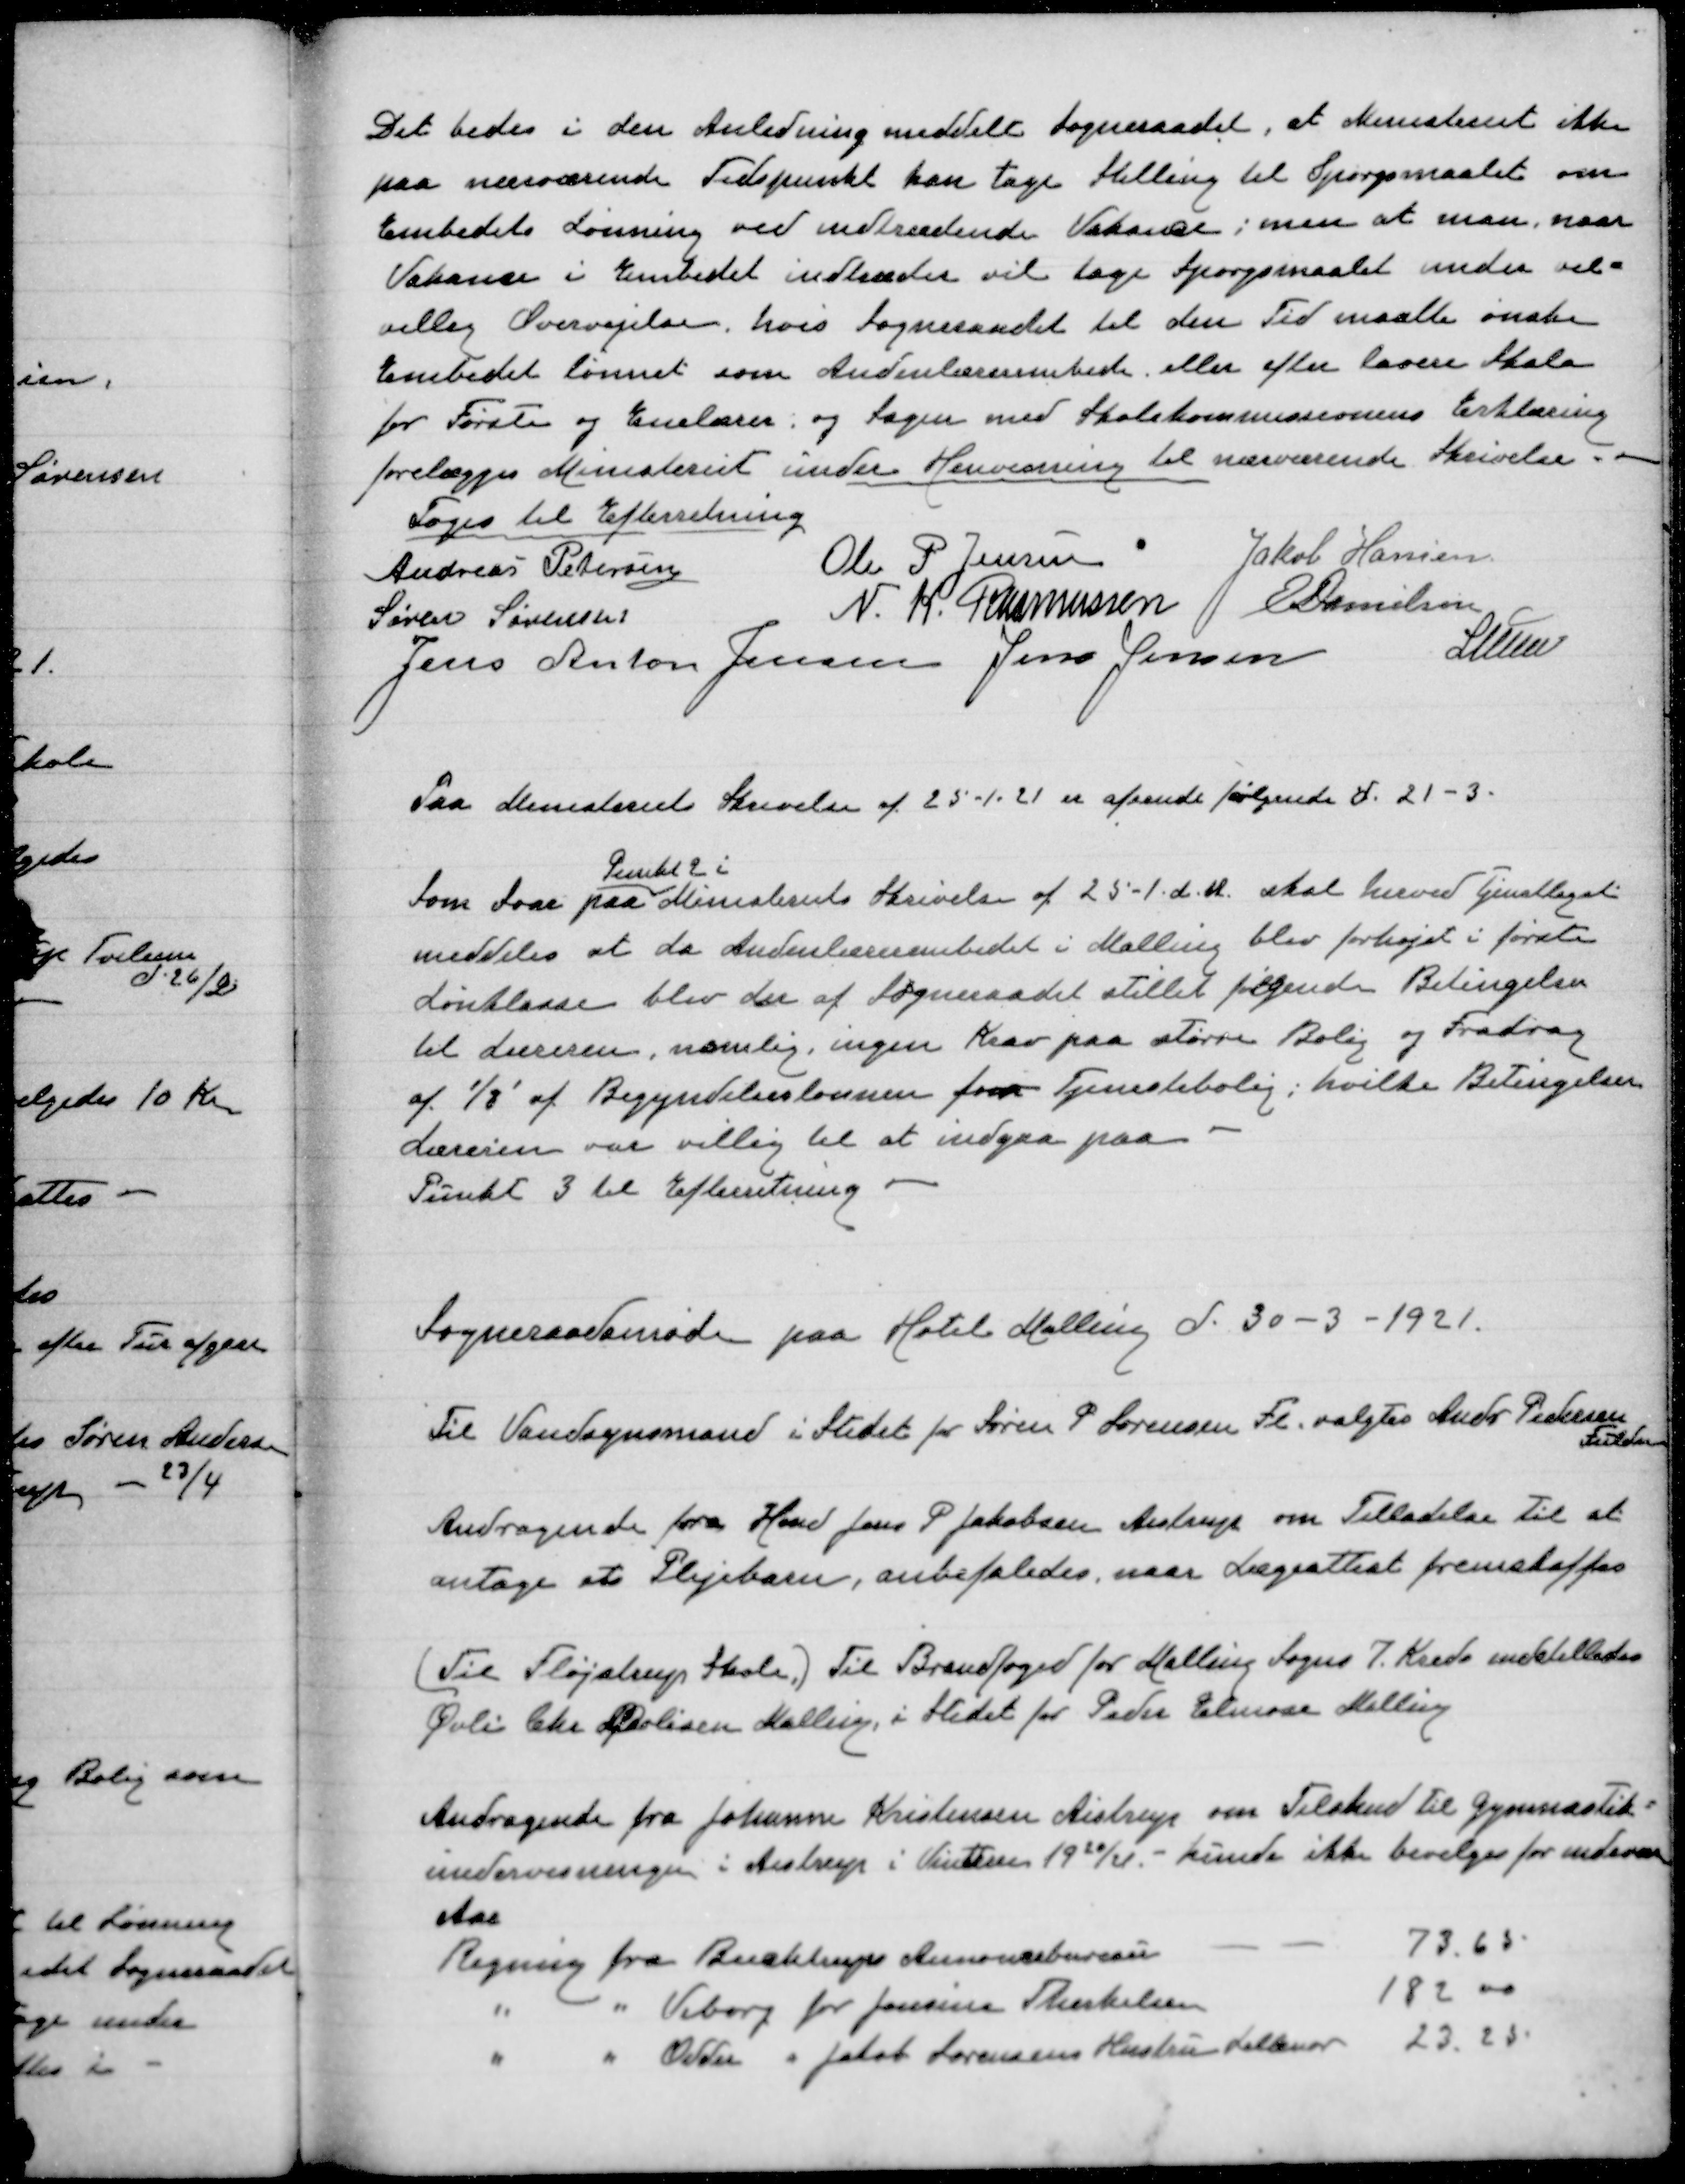
Transskription:
Det bedes i den Anledning meddelt Sogneraadet, at Ministeriet ikke
paa nærværende Tidspunkt kan tage stilling til Spørgsmaalet om
Embedets Lønning ved indtrædende vakance; men at man, naar
Vakance i Embedet indtræder vil tage spørgsmaalet under vel=
villig Overvejelse, hvis Sogneraadet til den Tid maatte ønske
Embedet lønnet som Andenlærerembede eller efter lavere Skala
for Første og Enelærer og Sagen med Skolekommissionens Erklæring
forelægges Ministeriet under Henvisning til nærværende Skrivelse.
Toges til Efterretning
Andreas Petersen
Ole P Jensen
Jakob Hansen
Søren Sørensen
N. K. Rasmussen
E Danielsen
Jens Anton Jensen
Jens Jensen
P Lunn

Paa Ministeriets Skrivelse af 25-1-21 er afsendt følgende d. 21-3

Som svar paa
Punkt 2 i
Ministeriets skrivelse af 25-1. d.A skal herved
meddeles at da Andenlærerembedet i Malling blev forhøjet i første
Lønklasse blev der af Sogneraadet stillet følgende Betingelser
til Læreren, nemlig ingen Kaar paa større Bolig og Fradrag
af ⅛' af Begyndelseslønnen for Tjeestebolig; hvilke Betingelser
Læreren var villig til at indgaa paa
Punkt 3 til Efterretning

Sogneraadsmøde paa Hotel Malling d. 30-3-1921

Til Vandsynsmand i Stedet for Søren P Sørensen Fl. valgtes Andr Pedersen
Fulden

Andragende fra Hmd Jens P Jakobsen Aistrup om Tilladelse til at
antage et Plejebarn, anbefaledes, naar Lægeattest fremskaffes

(Til Fløjstrup Skole.) Til Brandfoged for Malling Sogns 7 Kreds indstilledes
Øvli Chr Øvlisen Malling i Stedet for Peder Elmose Malling

Andragende fra Johanne Kristensen Aistrup om Tilskud til gymnastik=
undervisningen i Aistrup i Vinteren 1920/21 - kunde ikke bevilges for indeværende
Aar